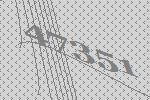
47351